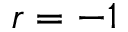
r = - 1